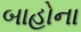
બાહોના